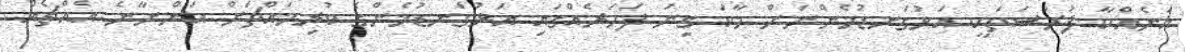
އަނެއްކާ ފުރުސަތަކީ އަޅުގަނޑުމެންނަށް މާކަ ގިނަ ފަހަރެއްގައި އަޅުގަނޑުމެންގެ ކުރިމައްޗަށް އަންނާނެ އެއްޗެއް